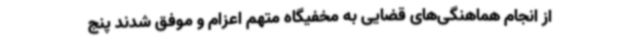
از انجام هماهنگی‌های قضایی به مخفیگاه متهم اعزام و موفق شدند پنج